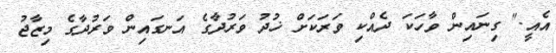
އެއީ." ގިނައިން ވާހަކަ ދެއްކި ވަރަކަށް ޚުދު ވަރުދާގެ އަނގައިން ވަރުދާގެ މިޒާޖު